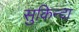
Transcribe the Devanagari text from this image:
सुकिन्दा